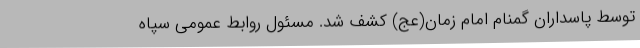
توسط پاسداران گمنام امام زمان(عج) کشف شد. مسئول روابط عمومی سپاه